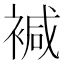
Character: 𧛡